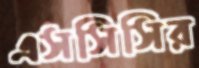
এসসিসির